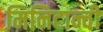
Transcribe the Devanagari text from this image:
मिनिटान्ची